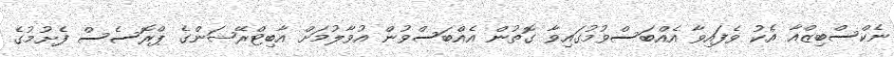
ނެކްސްބިޒްއާ އެކު ވެފައިވާ އެއްބަސްވުމުގައިވާ ގޮތުން އެއްބަސްވުން އުވާލުމަށް އާބިޓްރޭޝަންގެ ޕްރޮސެސް ފެށުމުގެ